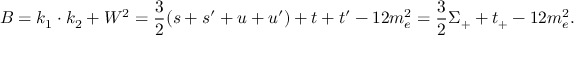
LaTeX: B = k _ { 1 } \cdot k _ { 2 } + W ^ { 2 } = \frac { 3 } { 2 } ( s + s ^ { \prime } + u + u ^ { \prime } ) + t + t ^ { \prime } - 1 2 m _ { e } ^ { 2 } = \frac { 3 } { 2 } \Sigma _ { + } + t _ { + } - 1 2 m _ { e } ^ { 2 } .